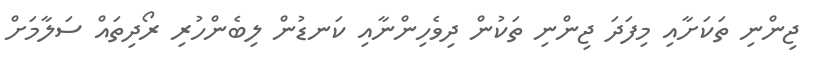
ޖިންނި ތަކަށާއި މިފަދަ ޖިންނި ތަކުން ދިވެހިންނާއި ކަނޑުން ލިބެންހުރި ރޯދިތައް ސަލާމަށް